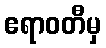
ဧရာဝတီမှ